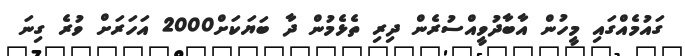
ގައުމެއްގައި މީހުން އާބާދުވީއްސުރެން ދިރި ތެޅެމުން ދާ ބަޔަކަށް2000 އަހަރަށް ވުރެ ގިނަ